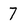
Character: 7